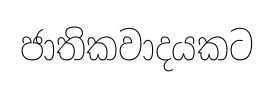
ජාතිකවාදයකට